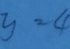
y = 4